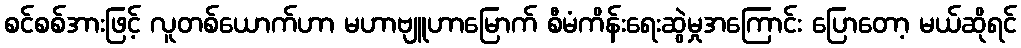
စင်စစ်အားဖြင့် လူတစ်ယောက်ဟာ မဟာဗျူဟာမြောက် စီမံကိန်းရေးဆွဲမှုအကြောင်း ပြောတော့ မယ်ဆိုရင်